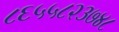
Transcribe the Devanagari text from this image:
८६५५८२३७४८